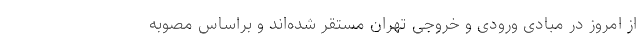
از امروز در مبادی ورودی و خروجی تهران مستقر شده‌اند و براساس مصوبه